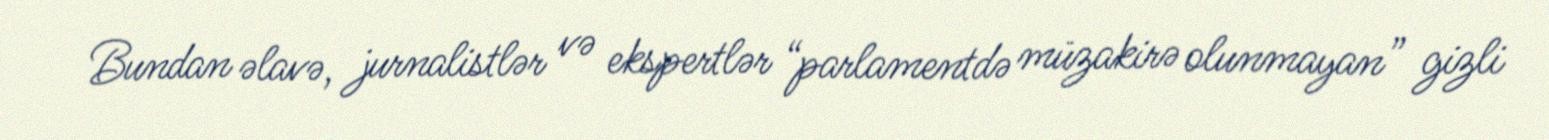
Bundan əlavə, jurnalistlər və ekspertlər “parlamentdə müzakirə olunmayan” gizli